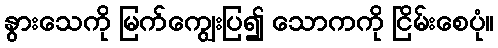
နွားသေကို မြက်ကျွေးပြ၍ သောကကို ငြိမ်းစေပုံ။